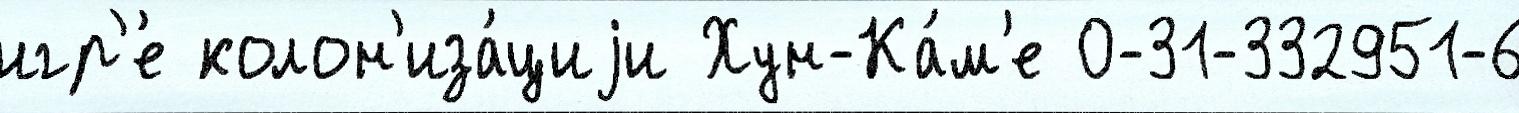
игр'е́ колон'иза́циjи Хун-Ка́м'е 0-31-332951-6